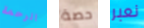
الرحمة حصة نعبر